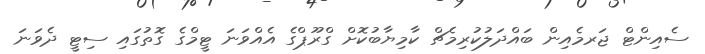
ސެއިންޓް ޖަރމެއިން ބައްދަލުކުރިމެޗް ކާމިޔާބުކޮށް ގްރޫޕްގެ އެއްވަނަ ޓީމްގެ ގޮތުގައި ސިޓީ ދެވަނަ